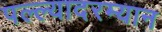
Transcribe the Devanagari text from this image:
पल्ल्यादरम्यान